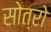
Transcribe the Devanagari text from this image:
सोत्रो